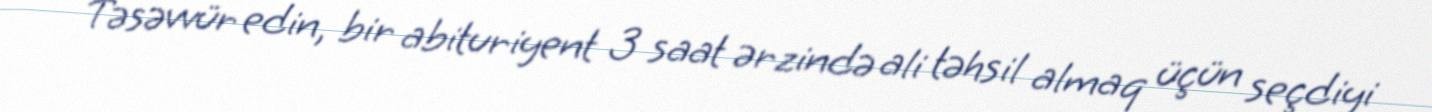
Təsəvvür edin, bir abituriyent 3 saat ərzində ali təhsil almaq üçün seçdiyi